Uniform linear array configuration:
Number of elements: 16
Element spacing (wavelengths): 0.25
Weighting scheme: kaiser
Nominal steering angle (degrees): -60
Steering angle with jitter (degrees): -60.516
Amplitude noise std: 0.05
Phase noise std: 0.05

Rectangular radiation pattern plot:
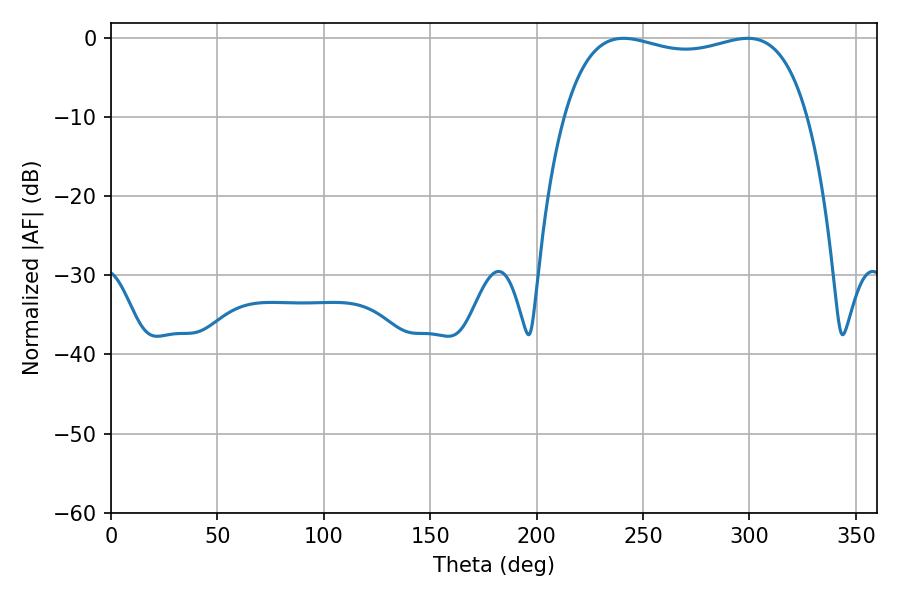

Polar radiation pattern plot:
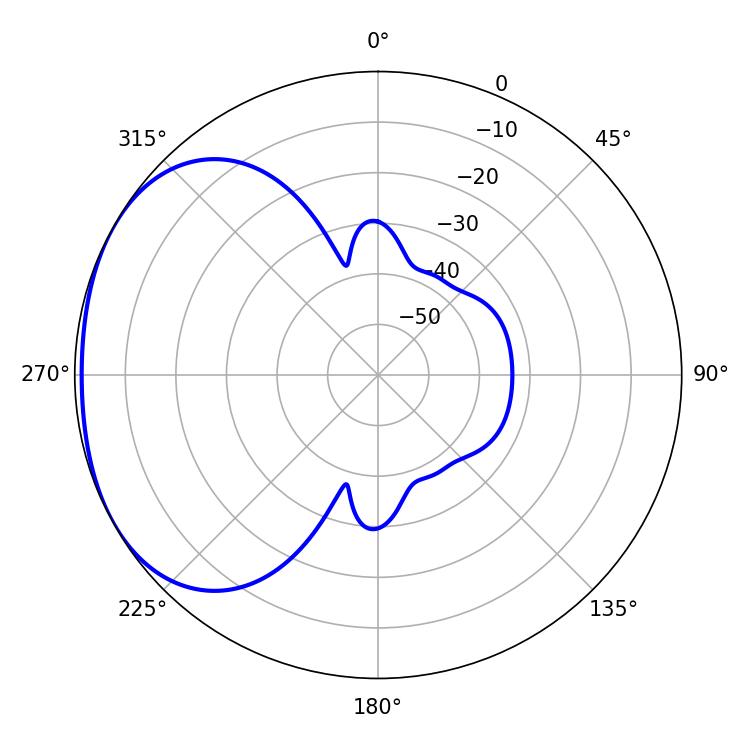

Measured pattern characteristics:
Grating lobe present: FALSE
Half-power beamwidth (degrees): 93.24
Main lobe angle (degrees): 240.84